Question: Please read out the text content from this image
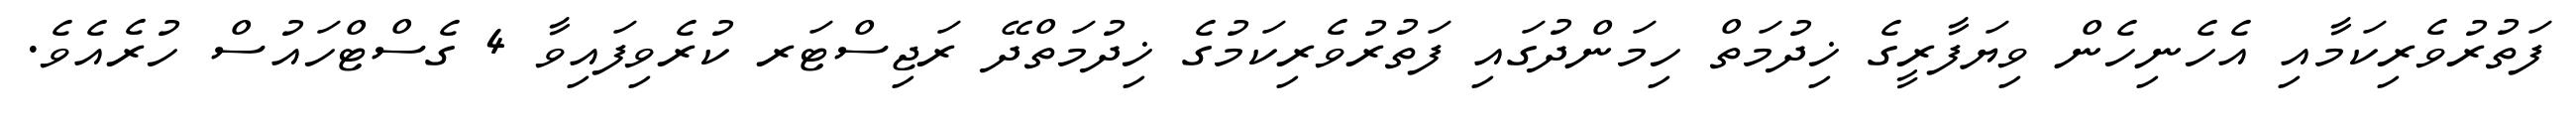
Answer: ފަތުރުވެރިކަމާއި އެހެނިހެން ވިޔަފާރީގެ ޚިދުމަތް ހިމަންދުގައި ފަތުރުވެރިކަމުގެ ޚިދުމަތްދޭ ރަޖިސްޓަރ ކުރެވިފައިވާ 4 ގެސްޓްހައުސް ހުރެއެވެ.